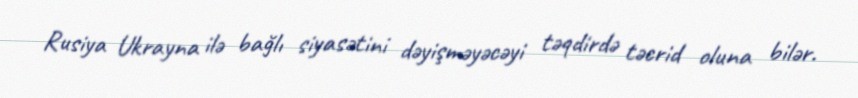
Rusiya Ukrayna ilə bağlı siyasətini dəyişməyəcəyi təqdirdə təcrid oluna bilər.